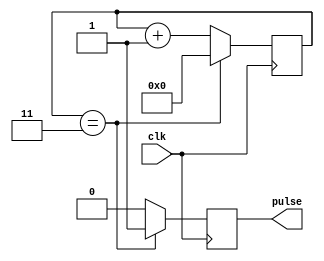
module async_pulse_generator (
    input wire clk,
    output reg pulse
);

reg [3:0] counter = 4'b0000;

always @(posedge clk) begin
    if (counter == 4'd3) begin
        pulse <= 1;
        counter <= 4'b0000;
    end else begin
        counter <= counter + 1;
        pulse <= 0;
    end
end

endmodule